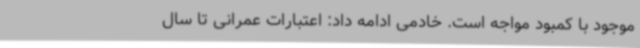
موجود با کمبود مواجه است. خادمی ادامه داد: اعتبارات عمرانی تا سال